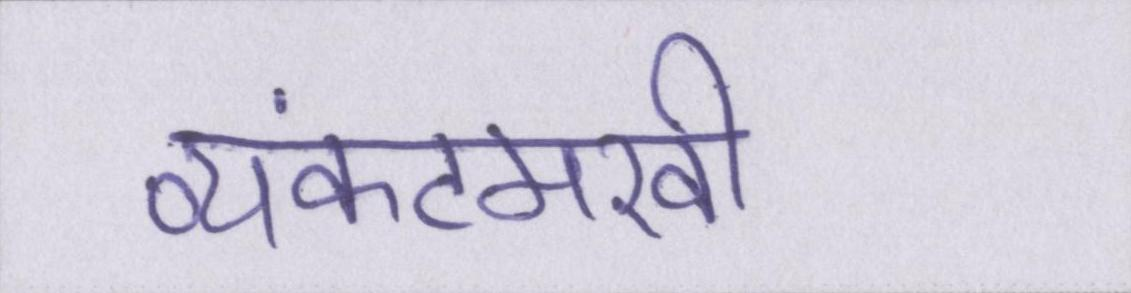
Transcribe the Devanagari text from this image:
व्यंकटमखी